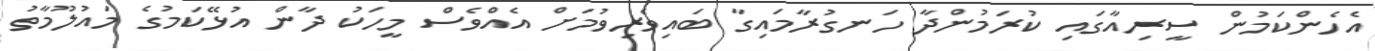
އެހެންކަމުން ސީރިއާގައި ކުރަމުންދާ ހަނގުރާމައިގާ ބައިވެރިވުމަށް އެއްވެސް މީހަކު ދާން އުޅޭކަމުގެ މައުލޫމާތު